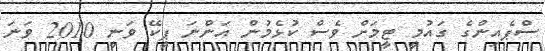
ސްޕެއިންގެ ގައުމީ ޓީމަށް ވެސް ކުޅެމުން އަންނަ ޕީކޭ ވަނީ 2010 ވަނަ